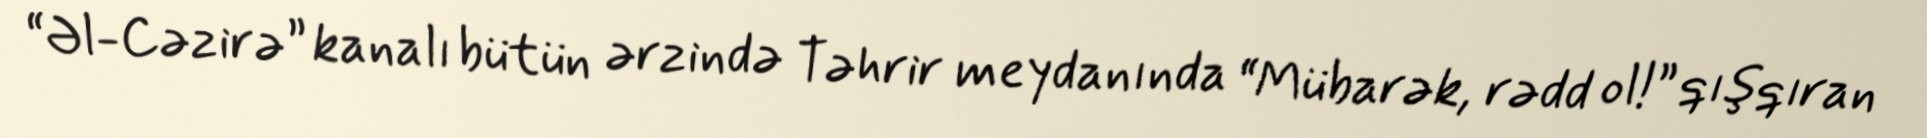
“Əl-Cəzirə” kanalı bütün ərzində Təhrir meydanında “Mübarək, rədd ol!” qışqıran